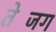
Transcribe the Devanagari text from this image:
तेजिंग